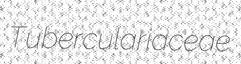
Tuberculariaceae